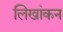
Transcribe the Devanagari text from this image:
लिखांकन